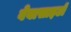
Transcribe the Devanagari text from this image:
वेबासाइटों